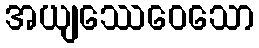
အယျဿေဝေသော